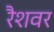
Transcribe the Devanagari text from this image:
रैशवर